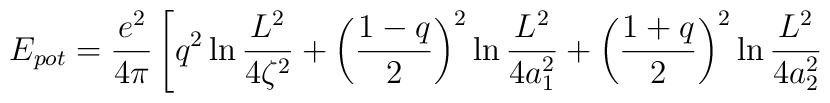
E_{pot}=\frac{e^2}{4\pi}\left[q^2\ln\frac{L^2}{4\zeta^2}+\left(\frac{1-q}{2}\right)^2\ln\frac{L^2}{4a_1^2}+\left(\frac{1+q}{2}\right)^2\ln\frac{L^2}{4a_2^2}\right.